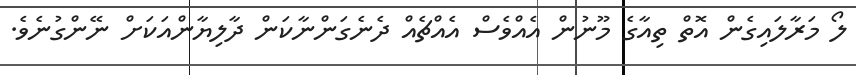
ލޯ މަރާލައިގެން އޮތް ތިއާގެ މޫނުން އެއްވެސް އެއްޗެއް ދެނެގަންނާކަން ދާލިޔާންއަކަށް ނޭންގުނެވެ.